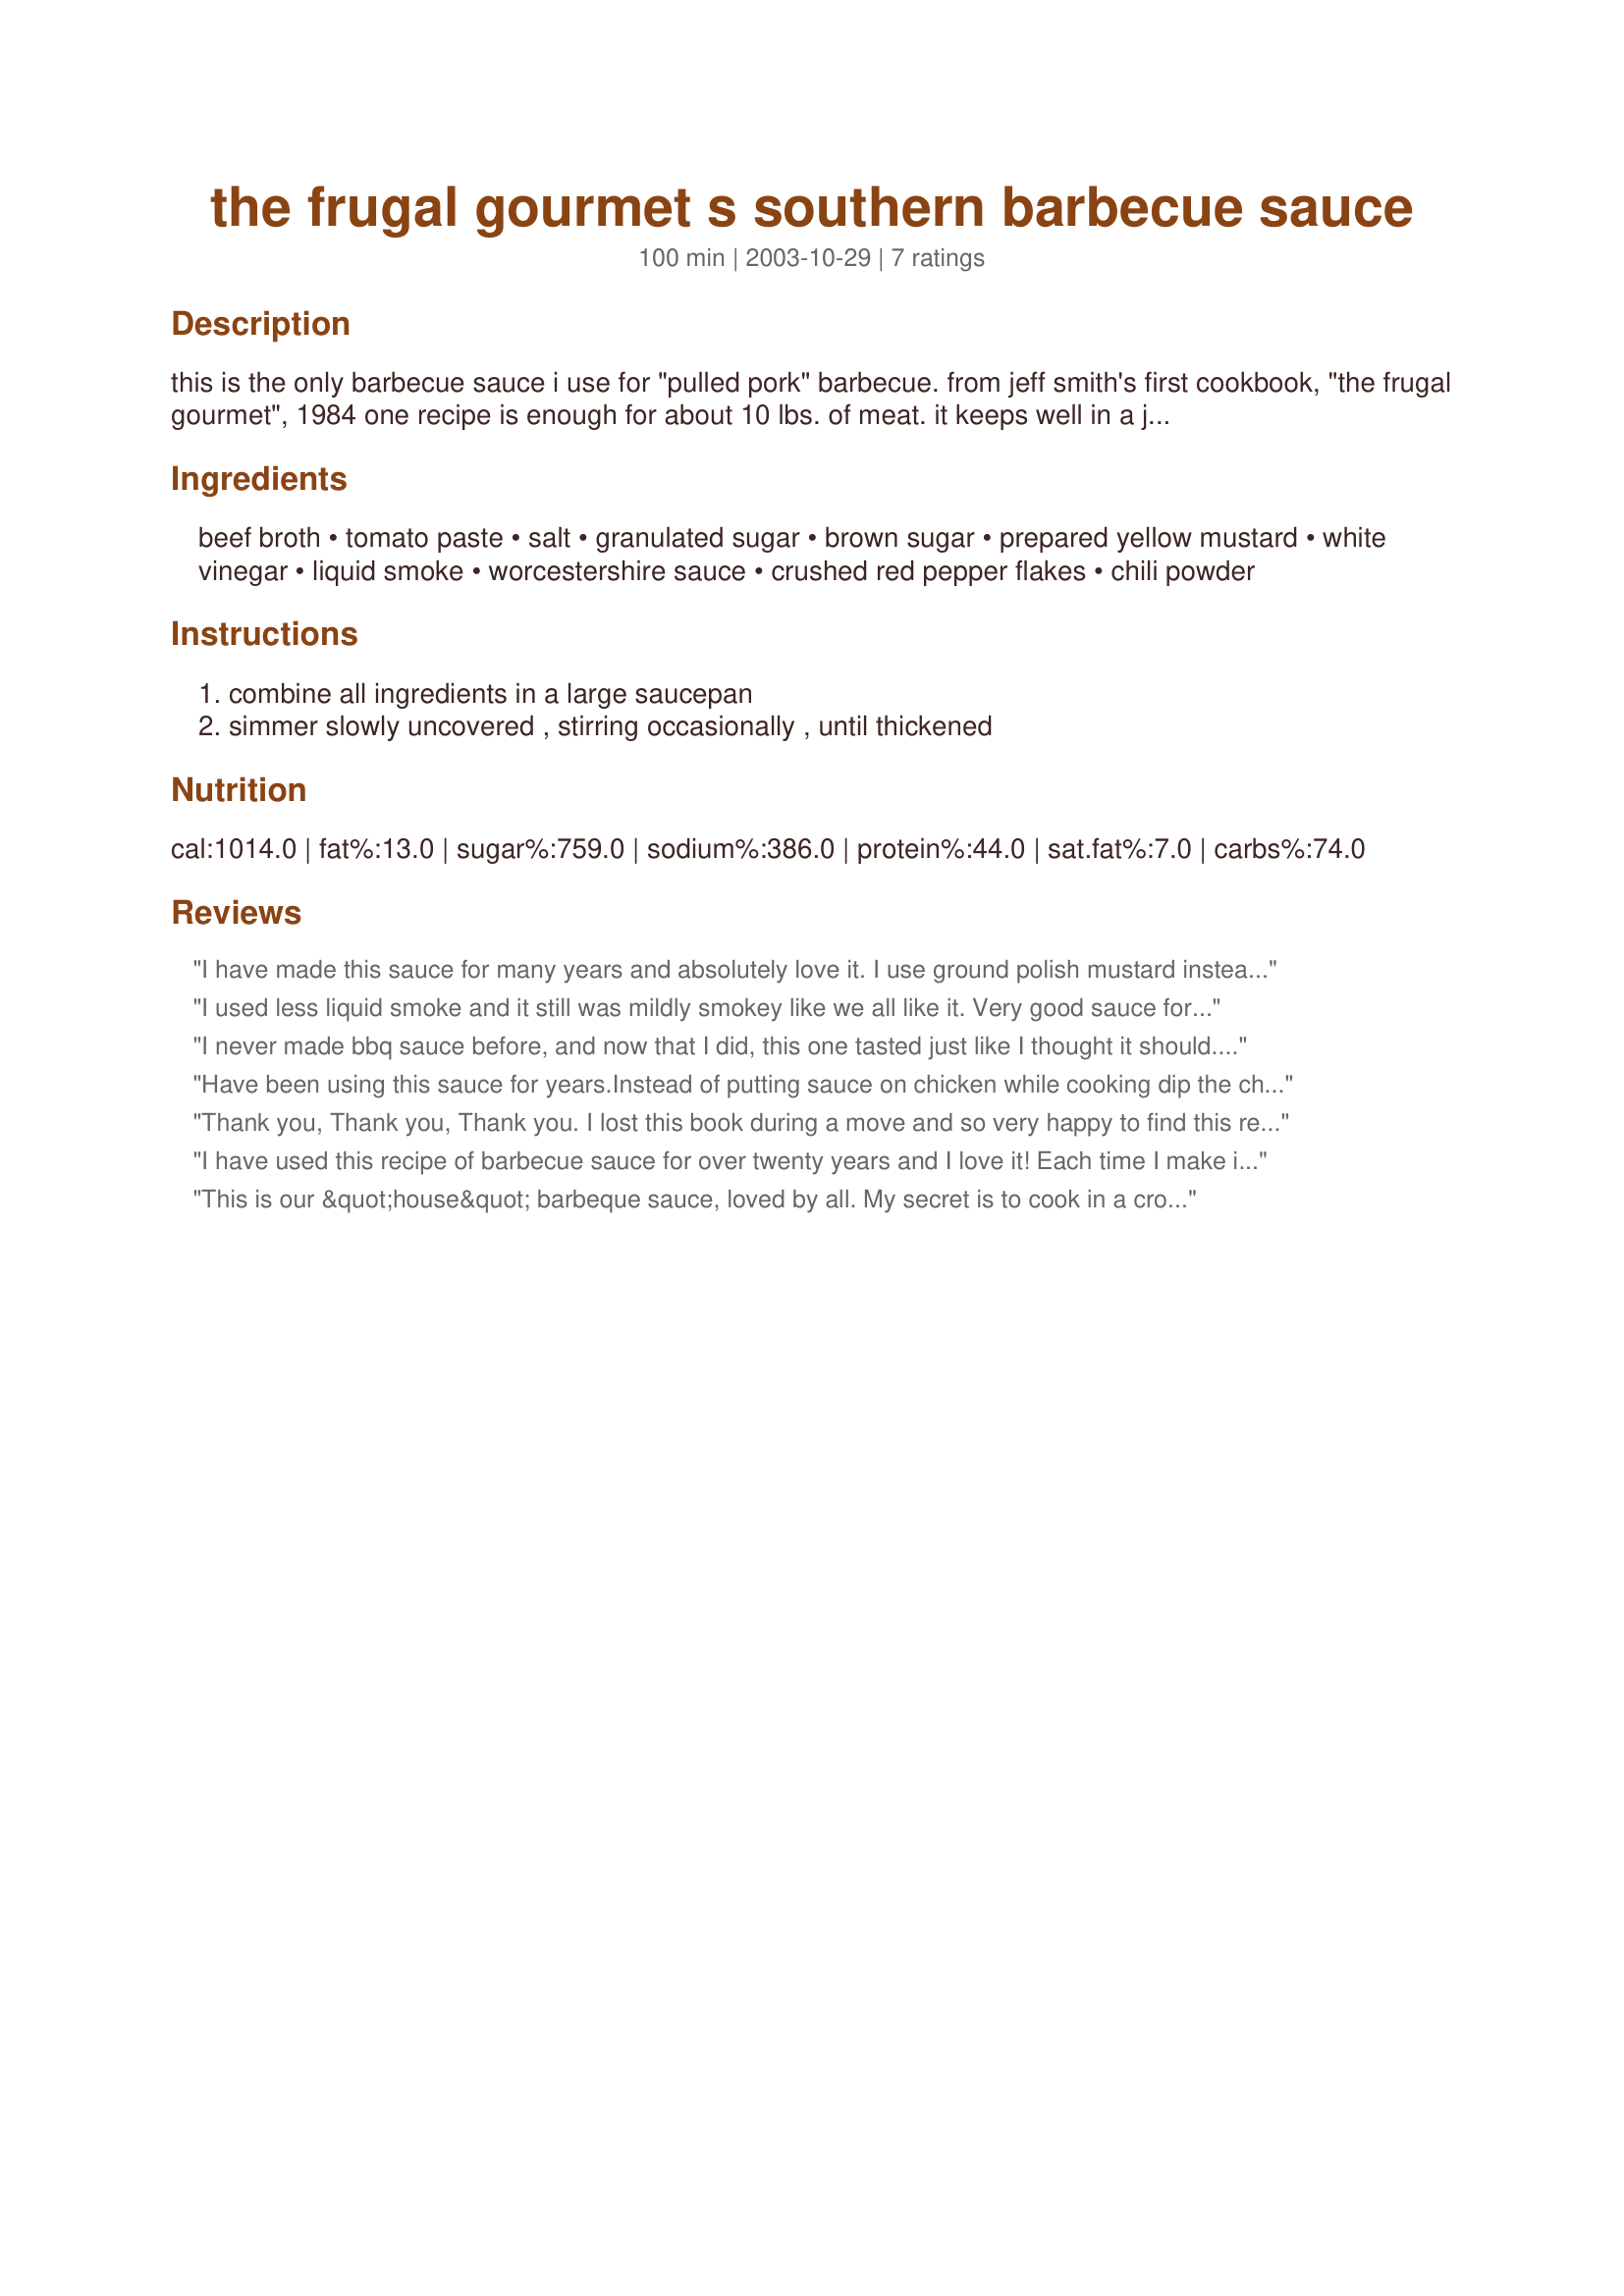
the frugal gourmet s southern barbecue sauce
Preparation time: 100 minutes

this is the only barbecue sauce i use for "pulled pork" barbecue. from jeff smith's first cookbook, "the frugal gourmet", 1984 one recipe is enough for about 10 lbs. of meat. it keeps well in a jar in the fridge. if you don't have liquid smoke, try adding some smoked paprika.

Ingredients:
beef broth, tomato paste, salt, granulated sugar, brown sugar, prepared yellow mustard, white vinegar, liquid smoke, worcestershire sauce, crushed red pepper flakes, chili powder

Steps:
combine all ingredients in a large saucepan, simmer slowly uncovered , stirring occasionally , until thickened

Reviews:
I have made this sauce for many years and absolutely love it. I use ground polish mustard instead of the yellow stuff and sometimes crushed red tomatoes instead of tomato paste when I can grab them out of the garden. The added benefit of this sauce is that it works equally well on chicken and pork. It's also great on meats that have been smoked and smoked and smoked. You get the idea.
I used less liquid smoke and it still was mildly smokey like we all like it. Very good sauce for our chicken cooked on the grill!
I never made bbq sauce before, and now that I did, this one tasted just like I thought it should. We really enjoyed it, with deep beefy, tangy and sweet flavors. Unfortunately there is no liquid smoke available here in Finland, as far as I know, so had to skip it. I am confident that would have added that WOW aspect to this sauce.
Have been using this sauce for years.Instead of putting sauce on chicken while cooking dip the chicken in this sauce as you are eating it.I don't use the liquid smoke.
Thank you, Thank you, Thank you. I lost this book during a move and so very happy to find this recipe online. You made my day!
I have used this recipe of barbecue sauce for over twenty years and I love it! Each time I make it it is always great tasteing. I use it as a dipping sause on most things. I prefer it a little more heat a little more spicy so I add more crushed peppers.
This is our &quot;house&quot; barbeque sauce, loved by all. My secret is to cook in a crock pot without the lid but with a splatter screen on it to let it slowly cook down and thicken. I make gallons and store in the fridge.
